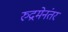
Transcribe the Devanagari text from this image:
रुद्रमेनंतर